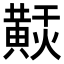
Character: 𪏂